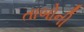
તાબોની